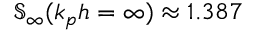
\mathfrak { S } _ { \infty } ( k _ { p } h = \infty ) \approx 1 . 3 8 7